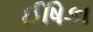
ઈષિકા